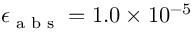
\epsilon _ { \textup { a b s } } = 1 . 0 \times 1 0 ^ { - 5 }